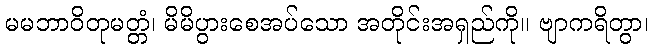
မမဘာဝိတုမတ္တံ၊ မိမိပွားစေအပ်သော အတိုင်းအရှည်ကို။ ဗျာကရိတွာ၊